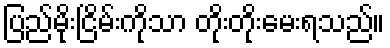
ပြည်မိုးငြိမ်းကိုသာ တိုးတိုးမေးရသည်။